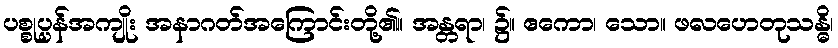
ပစ္စုပ္ပန်အကျိုး အနာဂတ်အကြောင်းတို့၏။ အန္တရာ၊ ၌။ ဧကော၊ သော။ ဖလဟေတုသန္ဓိ၊